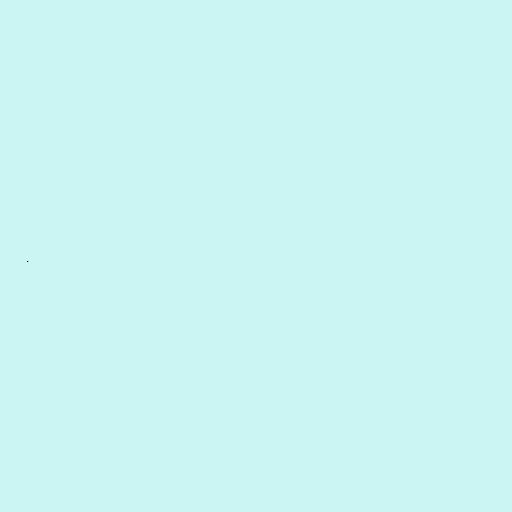
.